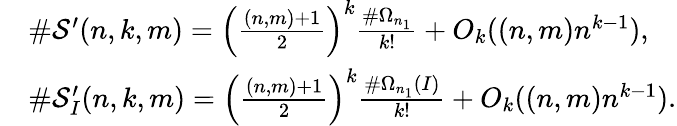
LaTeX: \begin{array}{rl}&{\# \mathcal{S}^{\prime}(n,k,m)=\left(\frac{(n,m)+1}{2}\right)^{k}\frac{\# \Omega_{n_{1}}}{k!}+O_{k}((n,m)n^{k-1}),}\\ &{\# \mathcal{S}_{I}^{\prime}(n,k,m)=\left(\frac{(n,m)+1}{2}\right)^{k}\frac{\# \Omega_{n_{1}}(I)}{k!}+O_{k}((n,m)n^{k-1}).}\end{array}